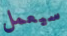
سيعمل